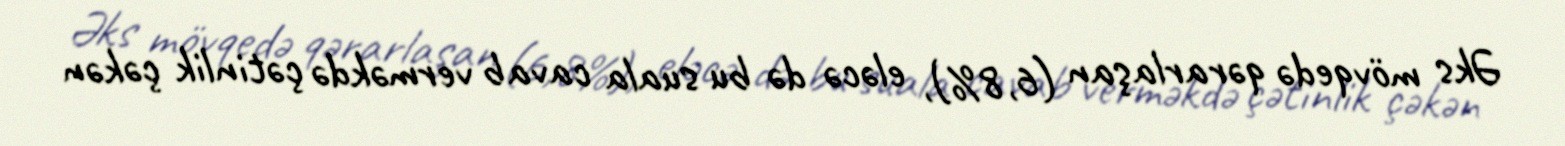
Əks mövqedə qərarlaşan (6,8%), eləcə də bu suala cavab verməkdə çətinlik çəkən